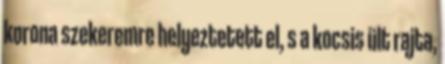
korona szekeremre helyeztetett el, s a kocsis ült rajta,